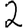
Digit: 2